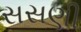
સસણી